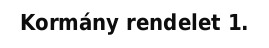
Kormány rendelet 1.